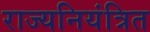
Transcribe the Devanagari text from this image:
राज्यनियंत्रित